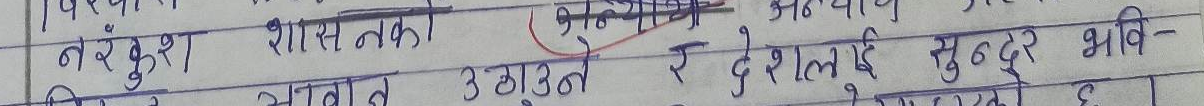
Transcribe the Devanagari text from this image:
निरंकुश शासनका गोप्य अभाव
३ औं रे देशलाई सुन्दर भवि-